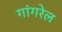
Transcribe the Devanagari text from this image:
गांगरेल